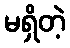
မရှိတဲ့